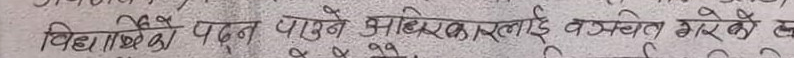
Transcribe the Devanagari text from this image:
विद्यार्थी पदन पाउने अधिकारलाई वञ्चित गरेको